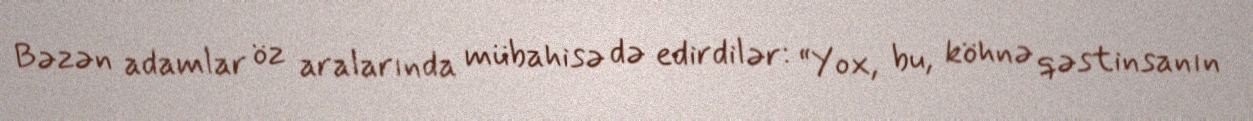
Bəzən adamlar öz aralarında mübahisə də edirdilər: “Yox, bu, köhnə qəstinsanın